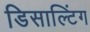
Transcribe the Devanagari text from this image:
डिसाल्टिंग